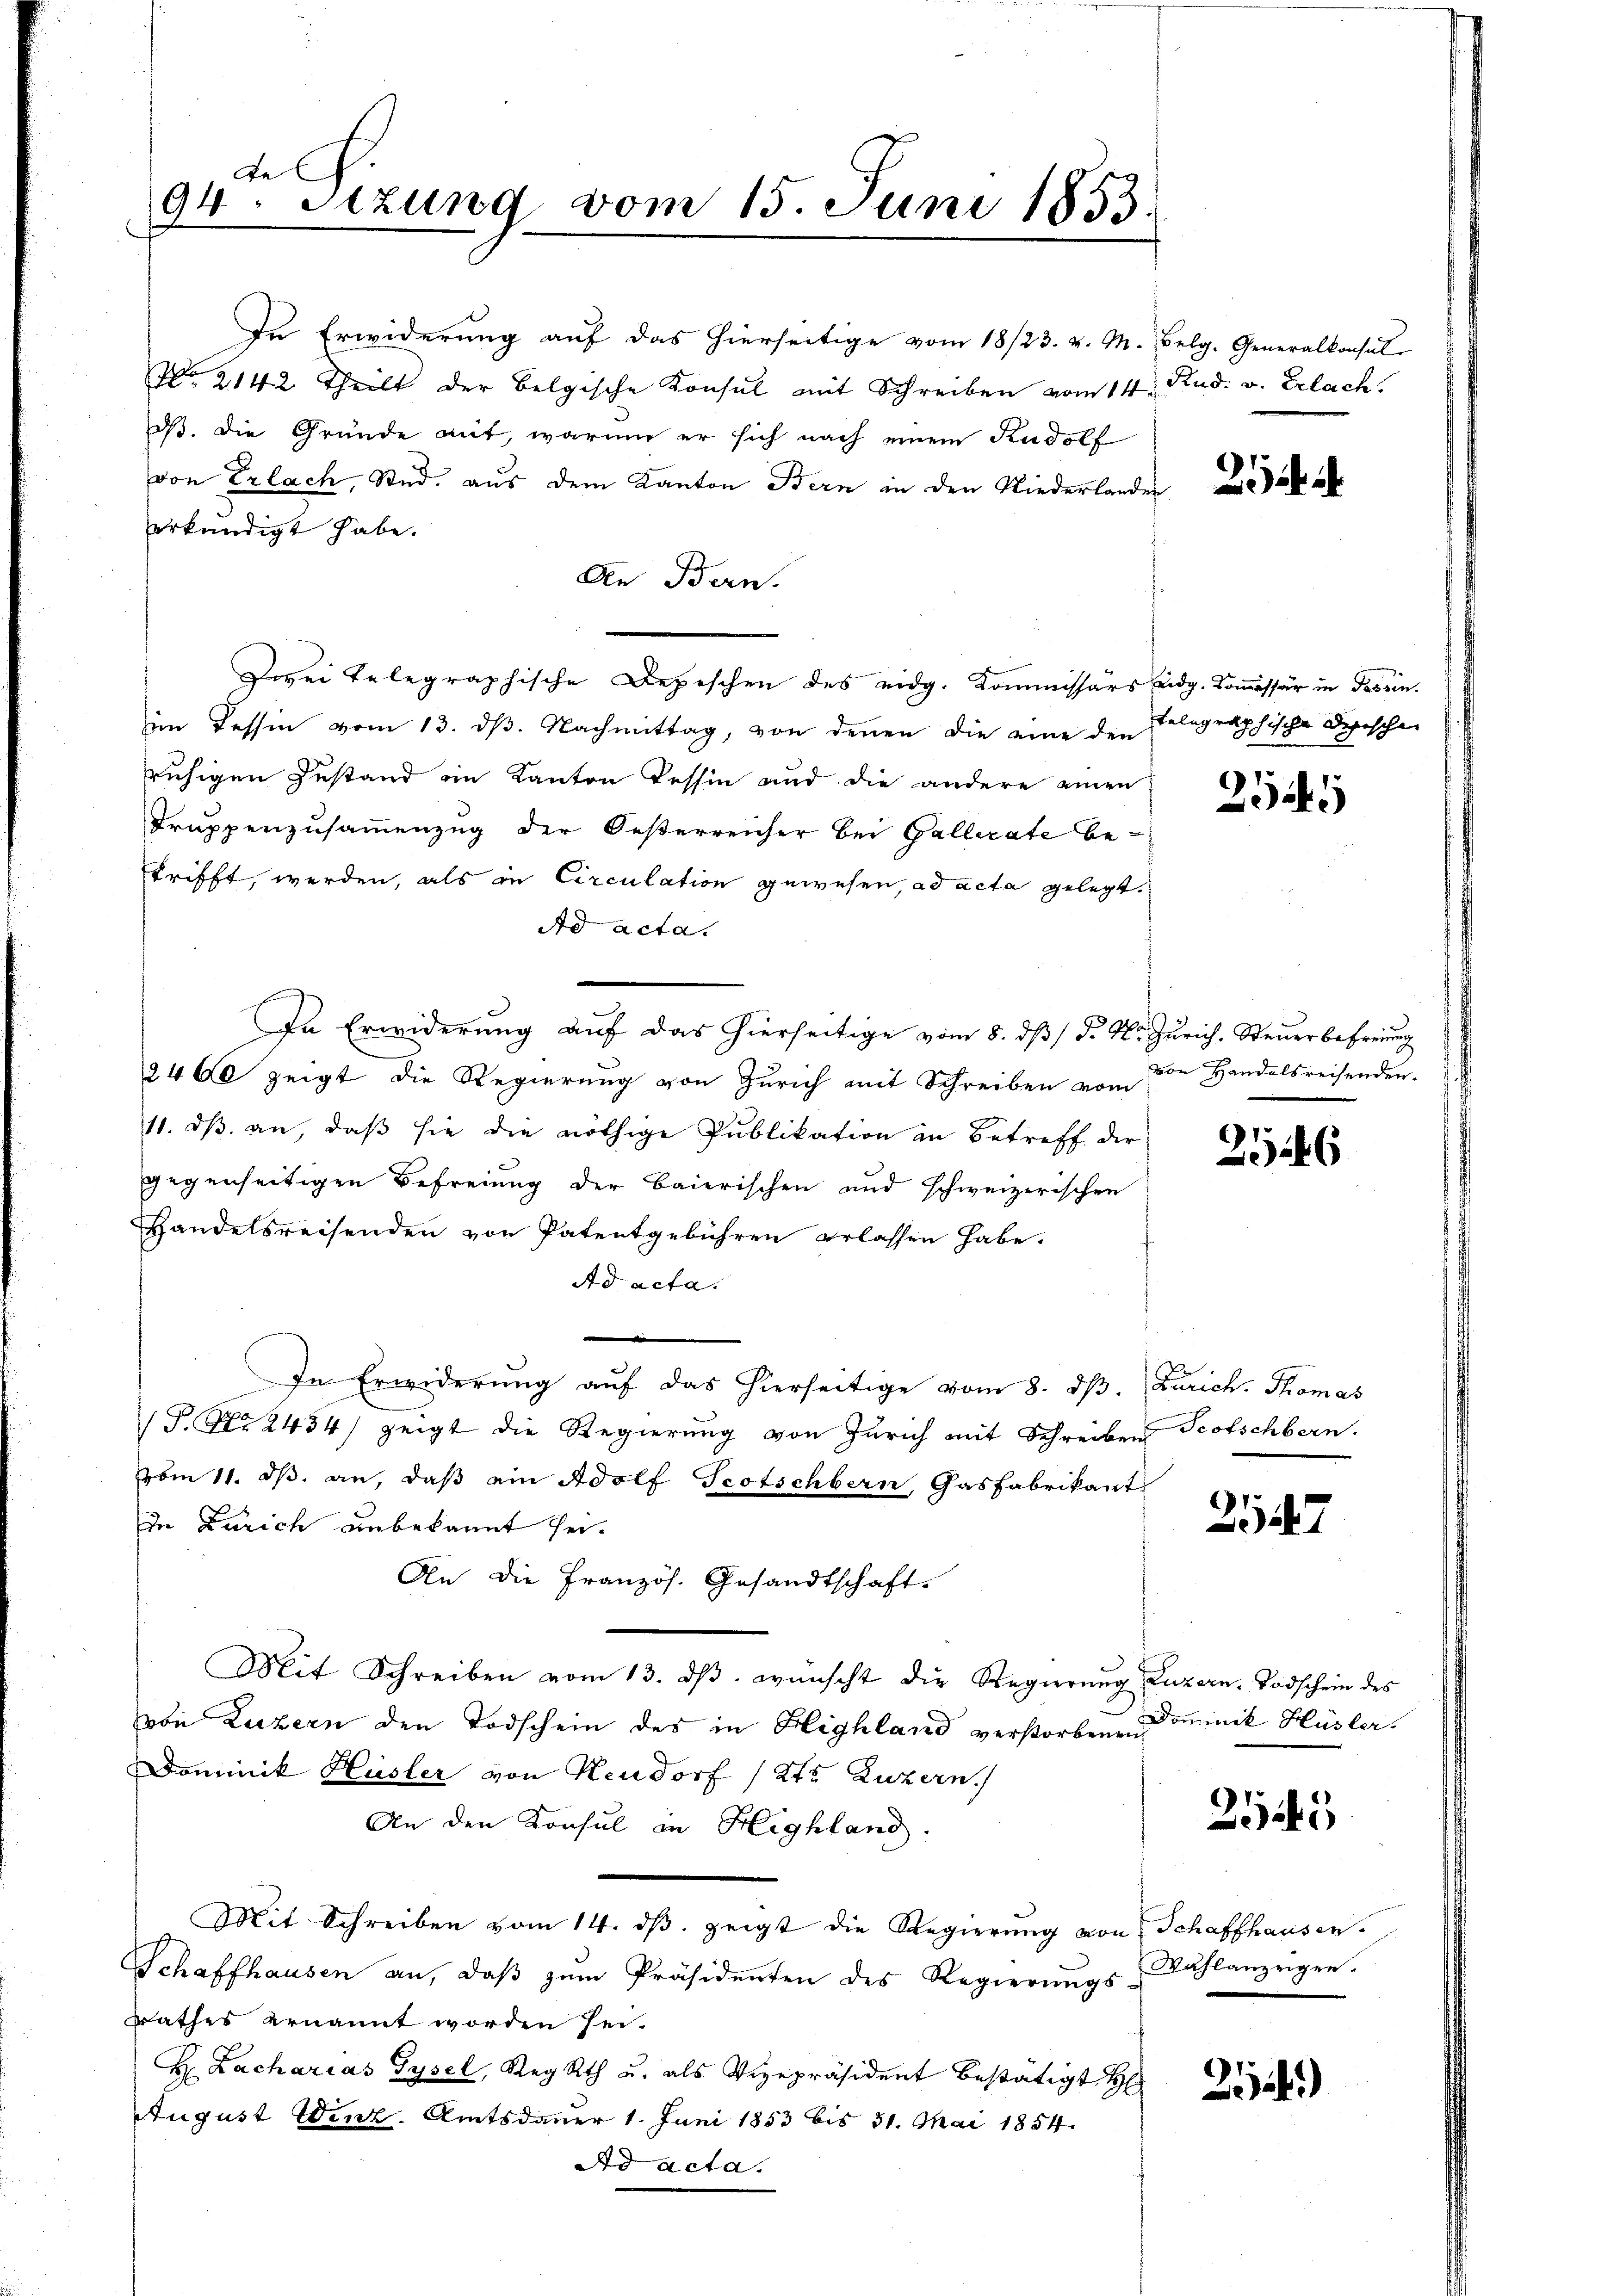
de
94. Sitzung vom 15. Juni 1853.

In Erwiderung auf das hierseitige vom 18/23. v. M.
No 2142 Theilt der Belgische Konsul mit Schreiben vom 14. Rud. v. Erlach.
dß. Die Gründe mit, warum er sich nach einem Rudolf
von Erlach, Stud. aus dem Kanton Bern in den Niederlandes
erkundigt habe.
An Bern.
Zwei telegraphische Depeschen des eidg. Kommissärs Eidg. Kommissär in Tessin.
im Tessin vom 13. dβ. Nachmittag, von denen die eine den Telegraphische Depeschen
ruhigen Zustand im Kanton Tessin und die andere einen
Truppenzusammenzug der Oesterreicher bei Gallerate betrifft, werden, als in Circulation gewesen, ad acta gelegt.
Ad acta.
In Erwiderung auf das hierseitige vom 8. dß d. M. Zürich, Steuerbefreung
2460 zeigt die Regierŭng von Zürich mit Schreiben von von Handelsreisenden.
11. ds. an, daß sie die nöthige Publikation in Betreff der
gegenseitigen Befreiung der Baierischen und schweizerischen
Handelsreisenden von Patentgebühren erlassen habe.
Ad acta.
.
In Erwiderung auf das hierseitige vom 8. dß. Zürich. Thomas
P. Nr. 2434) zeigt die Regierung von Zürich mit Schreiben Scotschbern.
vom 11. dβ. an, daß ein Adolf Scotschbern, Gasfabrikant
In Zürich unbekannt sei.
An die Französ. Gesandtschaft.
Mit Schreiben vom 13. dβ. wünscht die Regierung Luzern. Todschein des
von Luzern den Todschein des in Highland verstorbenen Dominik Hüsler
Dominik Hüsler von Neudorf (2te Luzern.
An den Konsul in Highland.
Mit Schreiben vom 14. dβ zeigt die Regierŭng von Schaffhausen.
Schaffhausen an, daβ zŭm Präsidenten des Regierŭngs- Wahlanzeigen.
rathes ernannt worden sei.
H Lacharias Gysel, RegRth u. als Vizepräsident bestätigt H
August Winz. Amtsdauer 1. Juni 1853 bis 31. Mai 1854.
ad acta.

Belg. Generalkonsul

fe.

2545

2146

157

2545

9
4)